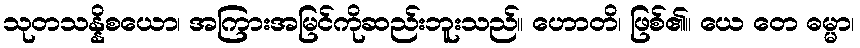
သုတသန္နိစယော၊ အကြားအမြင်ကိုဆည်းဘူးသည်။ ဟောတိ၊ ဖြစ်၏။ ယေ တေ ဓမ္မာ၊